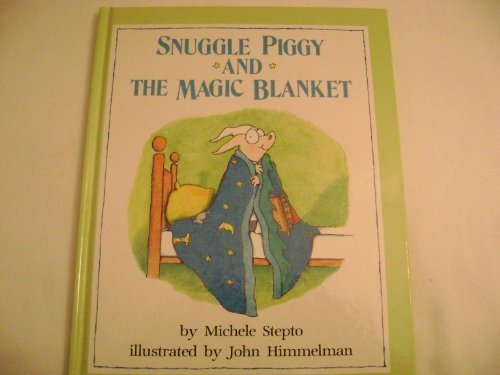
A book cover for Snuggle Piggy and the Magic Blanket; Michele Stepto; Children's Books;